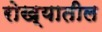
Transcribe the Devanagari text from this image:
रोख्यातील